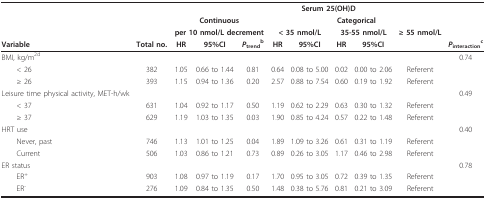
|  |  | <COLSPAN=9> Serum 25(OH)D |
 |  |  | <COLSPAN=3> Continuous | <COLSPAN=5> Categorical |  |
 |  |  | <COLSPAN=3> per 10 nmol/L decrement | <COLSPAN=2> < 35 nmol/L | <COLSPAN=2> 35-55 nmol/L | ≥ 55 nmol/L |  |
 | Variable | Total no. | HR | 95%CI | Ptrendb | HR | 95%CI | HR | 95%CI |  | Pinteractionc |
 | --- | --- | --- | --- | --- | --- | --- | --- | --- | --- | --- |
 | BMI, kg/m2d |  |  |  |  |  |  |  |  |  | 0.74 |
 | < 26 | 382 | 1.05 | 0.66 to 1.44 | 0.81 | 0.64 | 0.08 to 5.00 | 0.02 | 0.00 to 2.06 | Referent |  |
 | ≥ 26 | 393 | 1.15 | 0.94 to 1.36 | 0.20 | 2.57 | 0.88 to 7.54 | 0.60 | 0.19 to 1.92 | Referent |  |
 | Leisure time physical activity, MET-h/wk |  |  |  |  |  |  |  |  |  | 0.49 |
 | < 37 | 631 | 1.04 | 0.92 to 1.17 | 0.50 | 1.19 | 0.62 to 2.29 | 0.63 | 0.30 to 1.32 | Referent |  |
 | ≥ 37 | 629 | 1.19 | 1.03 to 1.35 | 0.03 | 1.90 | 0.85 to 4.24 | 0.57 | 0.22 to 1.48 | Referent |  |
 | HRT use |  |  |  |  |  |  |  |  |  | 0.40 |
 | Never, past | 746 | 1.13 | 1.01 to 1.25 | 0.04 | 1.89 | 1.09 to 3.26 | 0.61 | 0.31 to 1.19 | Referent |  |
 | Current | 506 | 1.03 | 0.86 to 1.21 | 0.73 | 0.89 | 0.26 to 3.05 | 1.17 | 0.46 to 2.98 | Referent |  |
 | ER status |  |  |  |  |  |  |  |  |  | 0.78 |
 | ER+ | 903 | 1.08 | 0.97 to 1.19 | 0.17 | 1.70 | 0.95 to 3.05 | 0.72 | 0.39 to 1.35 | Referent |  |
 | ER- | 276 | 1.09 | 0.84 to 1.35 | 0.50 | 1.48 | 0.38 to 5.76 | 0.81 | 0.21 to 3.09 | Referent |  |